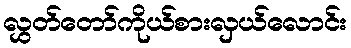
လွှတ်တော်ကိုယ်စားလှယ်လောင်း